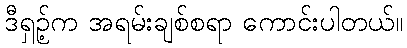
ဒီရှဉ့်က အရမ်းချစ်စရာ ကောင်းပါတယ်။